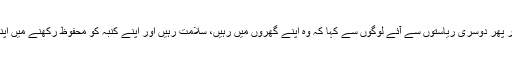
انہوں نے ایک بار پھر دوسری ریاستوں سے آئے لوگوں سے کہا کہ وہ اپنے گھروں میں رہیں، سلامت رہیں اور اپنے کنبہ کو محفوظ رکھنے میں اپنا کردار ادا کریں۔